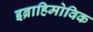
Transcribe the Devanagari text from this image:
इब्राहिमोविक